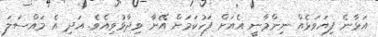
އަޅާނެ ފިޔަވަޅެއް ނިންމާނީ އެއަށް ފަހުކަމަށް އޭނާ ވިދާޅުވިއެވެ. އަދި އެ މައްސަލަ